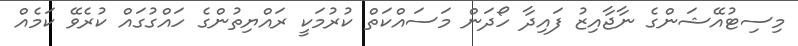
މިސިޓުއޭޝަންގެ ނާޖާއިޒު ފައިދާ ހޯދަން މަސައްކަތް ކުރުމަކީ ރައްޔިތުންގެ ހައްގުގައް ކުރެވޭ ކަމެއް